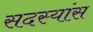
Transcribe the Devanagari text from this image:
सदस्यांस